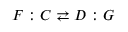
F : C \rightleftarrows D : G